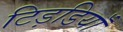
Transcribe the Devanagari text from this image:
टिड़डियाँ